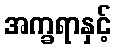
အက္ခရာနှင့်